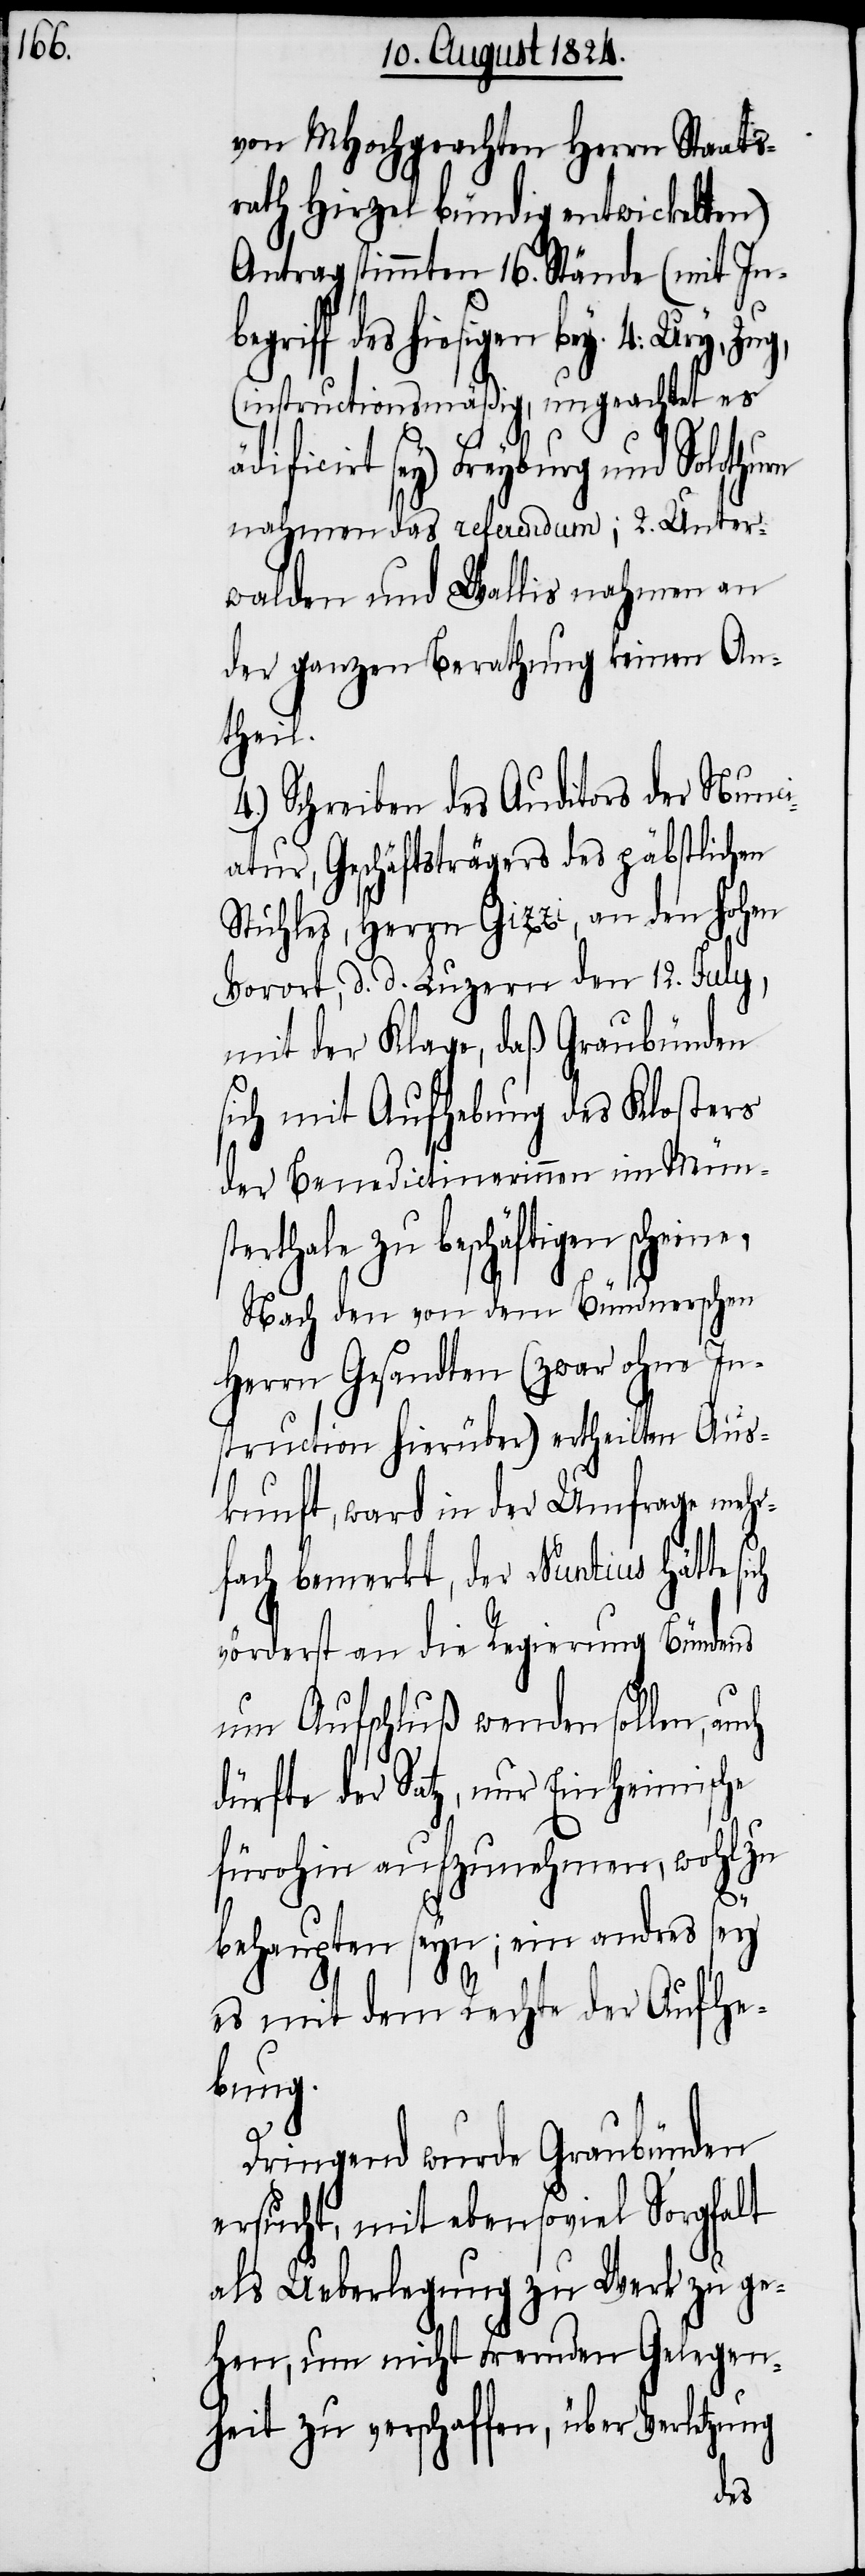
von MHochgeachten Herrn Staats¬
rath Hirzel bündig entwickelten)
Antrag stimmten 16. Stände (mit Inbe¬
griff des hiesigen bey. 4: Ury, Zug,
(instructionsmäßig, ungeachtet es
ificirt sey) Freyburg und Solothu¬
nahmen das referendum; 2. Unter¬
walden und Wallis nahmen an
der ganzen Berathung keinen An¬
theil.
4.) Schreiben des Auditors der Nunci¬
atur, Geschäftsträgers des päbstlichen
Stuhles, Herrn Gizzi, an den hohen
Vorort, d. d. Luzern den 12. July,
mit der Klage, daß Graubünden
sich mit Aufhebung des Klosters
der Benedictinerinnen im Münst¬
erthale zu beschäftigen schein¬
Nach den von den Bündnerschen
Herren Gesandten (zwar ohne In¬
struction hierüber) ertheilten Aus¬
kunft, ward in der Umfrage mehr¬
fach bemerkt, der Nuntius hätte
vörderst an die Regierung Bündens
um Aufschluß wenden sollen,
dürfte der Satz, nur Einheimische
fürohin aufzunehmen, wohl zu
behaupten seyn; ein andres sey
es mit dem Rechte der Aufhe¬
bung.
e.
Dringend wurde Graubünden
ersucht, mit ebensoviel Sorgfalt
als Ueberlegung zu Werk zu ge¬
hen, um nicht Fremden Gelegen¬
heit zu verschaffen, über Verletzung
rn